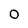
Character: O